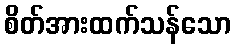
စိတ်အားထက်သန်သော